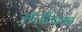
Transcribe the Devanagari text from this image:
अंतीचक